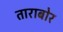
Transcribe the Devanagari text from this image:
ताराबोर